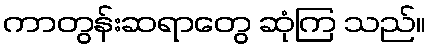
ကာတွန်းဆရာတွေ ဆုံကြ သည်။